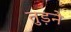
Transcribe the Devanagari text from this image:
तुड़ने